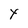
Character: Y